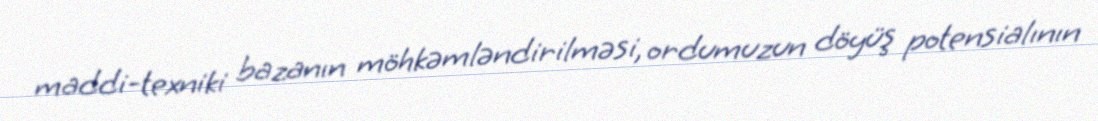
maddi-texniki bazanın möhkəmləndirilməsi, ordumuzun döyüş potensialının